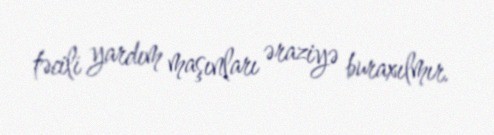
təcili yardım maşınları əraziyə buraxılmır.